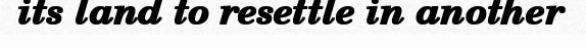
its land to resettle in another